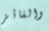
والفائز